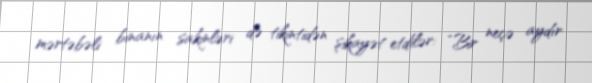
mərtəbəli binanın sakinləri də tikintidən şikayət etdilər: “Bir neçə aydır